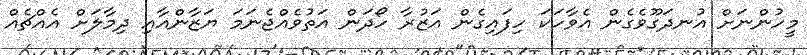
މީހުންނަށް އުނދަގޫވެގެން އެވާހަކަ ހިފައިގެން އަޒުރާ ހޯދަން އަތުވެއްޖެނަމަ ޔަޒާންއާއި ދިމާލަށް އެއްޗެއް